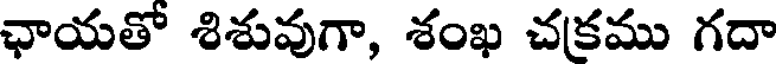
ఛాయతో శిశువుగా, శంఖ చక్రము గదా